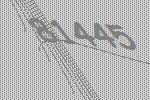
81445